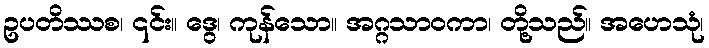
ဥပတိဿစ၊ ၎င်း။ ဒွေ၊ ကုန်သော။ အဂ္ဂသာဝကာ၊ တို့သည်။ အဟေသုံ၊